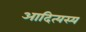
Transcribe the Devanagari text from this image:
आदित्यस्य